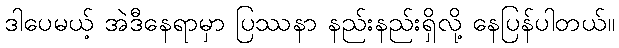
ဒါပေမယ့် အဲဒီနေရာမှာ ပြဿနာ နည်းနည်းရှိလို့ နေပြန်ပါတယ်။